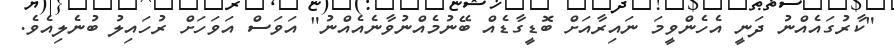
"ކާރުގައެއްނު ދަނީ އެހެންވީމަ ނައިރާއަށް ބޮޑީގާޑެއް ބޭނުމެއްނުވާނެއެއްނު" އަވަސް އަވަހަށް ރުހައިލު ބުނެލިއެވެ.